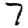
Digit: 7